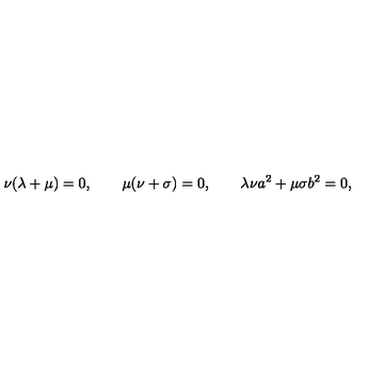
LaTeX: \nu ( \lambda + \mu ) = 0 , \qquad \mu ( \nu + \sigma ) = 0 , \qquad \lambda \nu a ^ { 2 } + \mu \sigma b ^ { 2 } = 0 ,